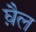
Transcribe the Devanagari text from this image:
घ़ैल